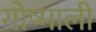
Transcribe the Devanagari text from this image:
गोष्माली